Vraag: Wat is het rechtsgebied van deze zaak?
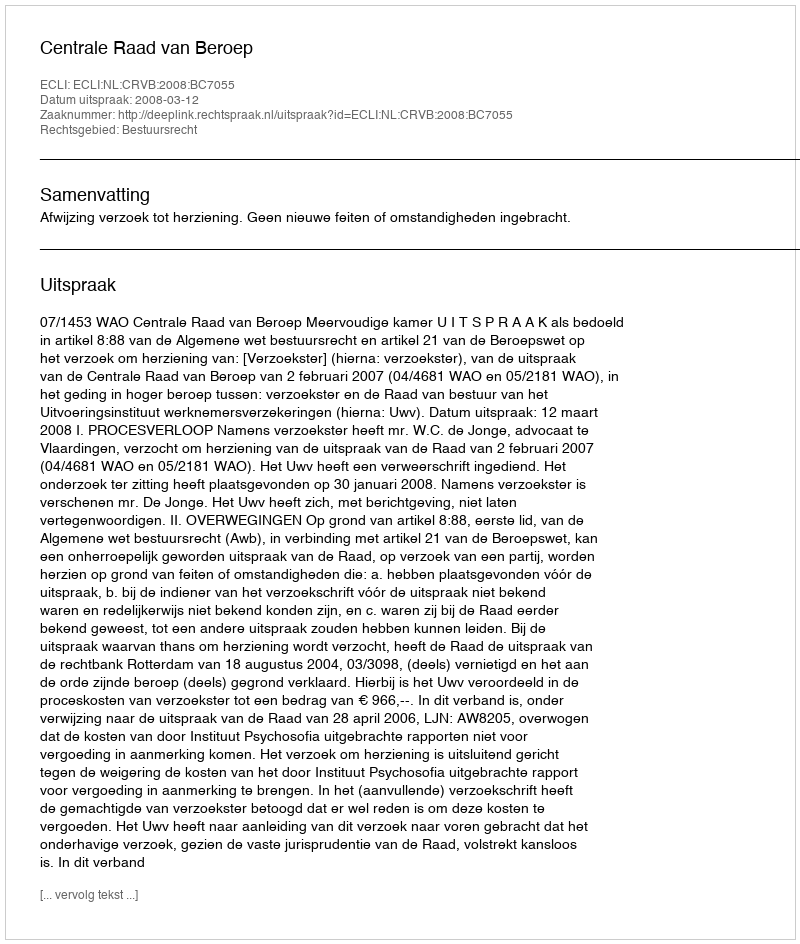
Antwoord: Bestuursrecht